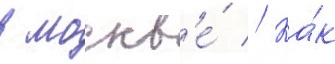
в москв'е́ // Ка́к